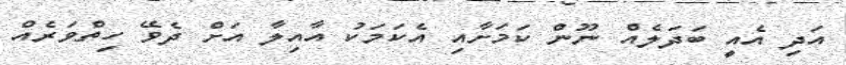
އަދި އެއީ ބަދަލެއް ނޫން ކަމަށާއި އެކަމަކު އާއިލާ އަށް ދެވޭ ހިތްވަރެއް